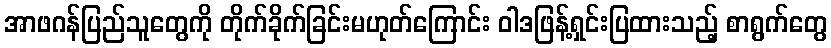
အာဖဂန်ပြည်သူတွေကို တိုက်ခိုက်ခြင်းမဟုတ်ကြောင်း ဝါဒဖြန့်ရှင်းပြထားသည့် စာရွက်တွေ